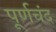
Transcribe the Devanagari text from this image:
पूर्णचंद